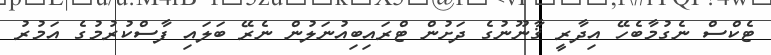
ޓެކްސް ނެގުމާބެހޭ އިދާރީ ޤާނޫނުގެ ދަށުން ޓްރައިބިއުނަލުން ނެރޭ ބަލައި ފާސްކުރުމުގެ އަމުރު